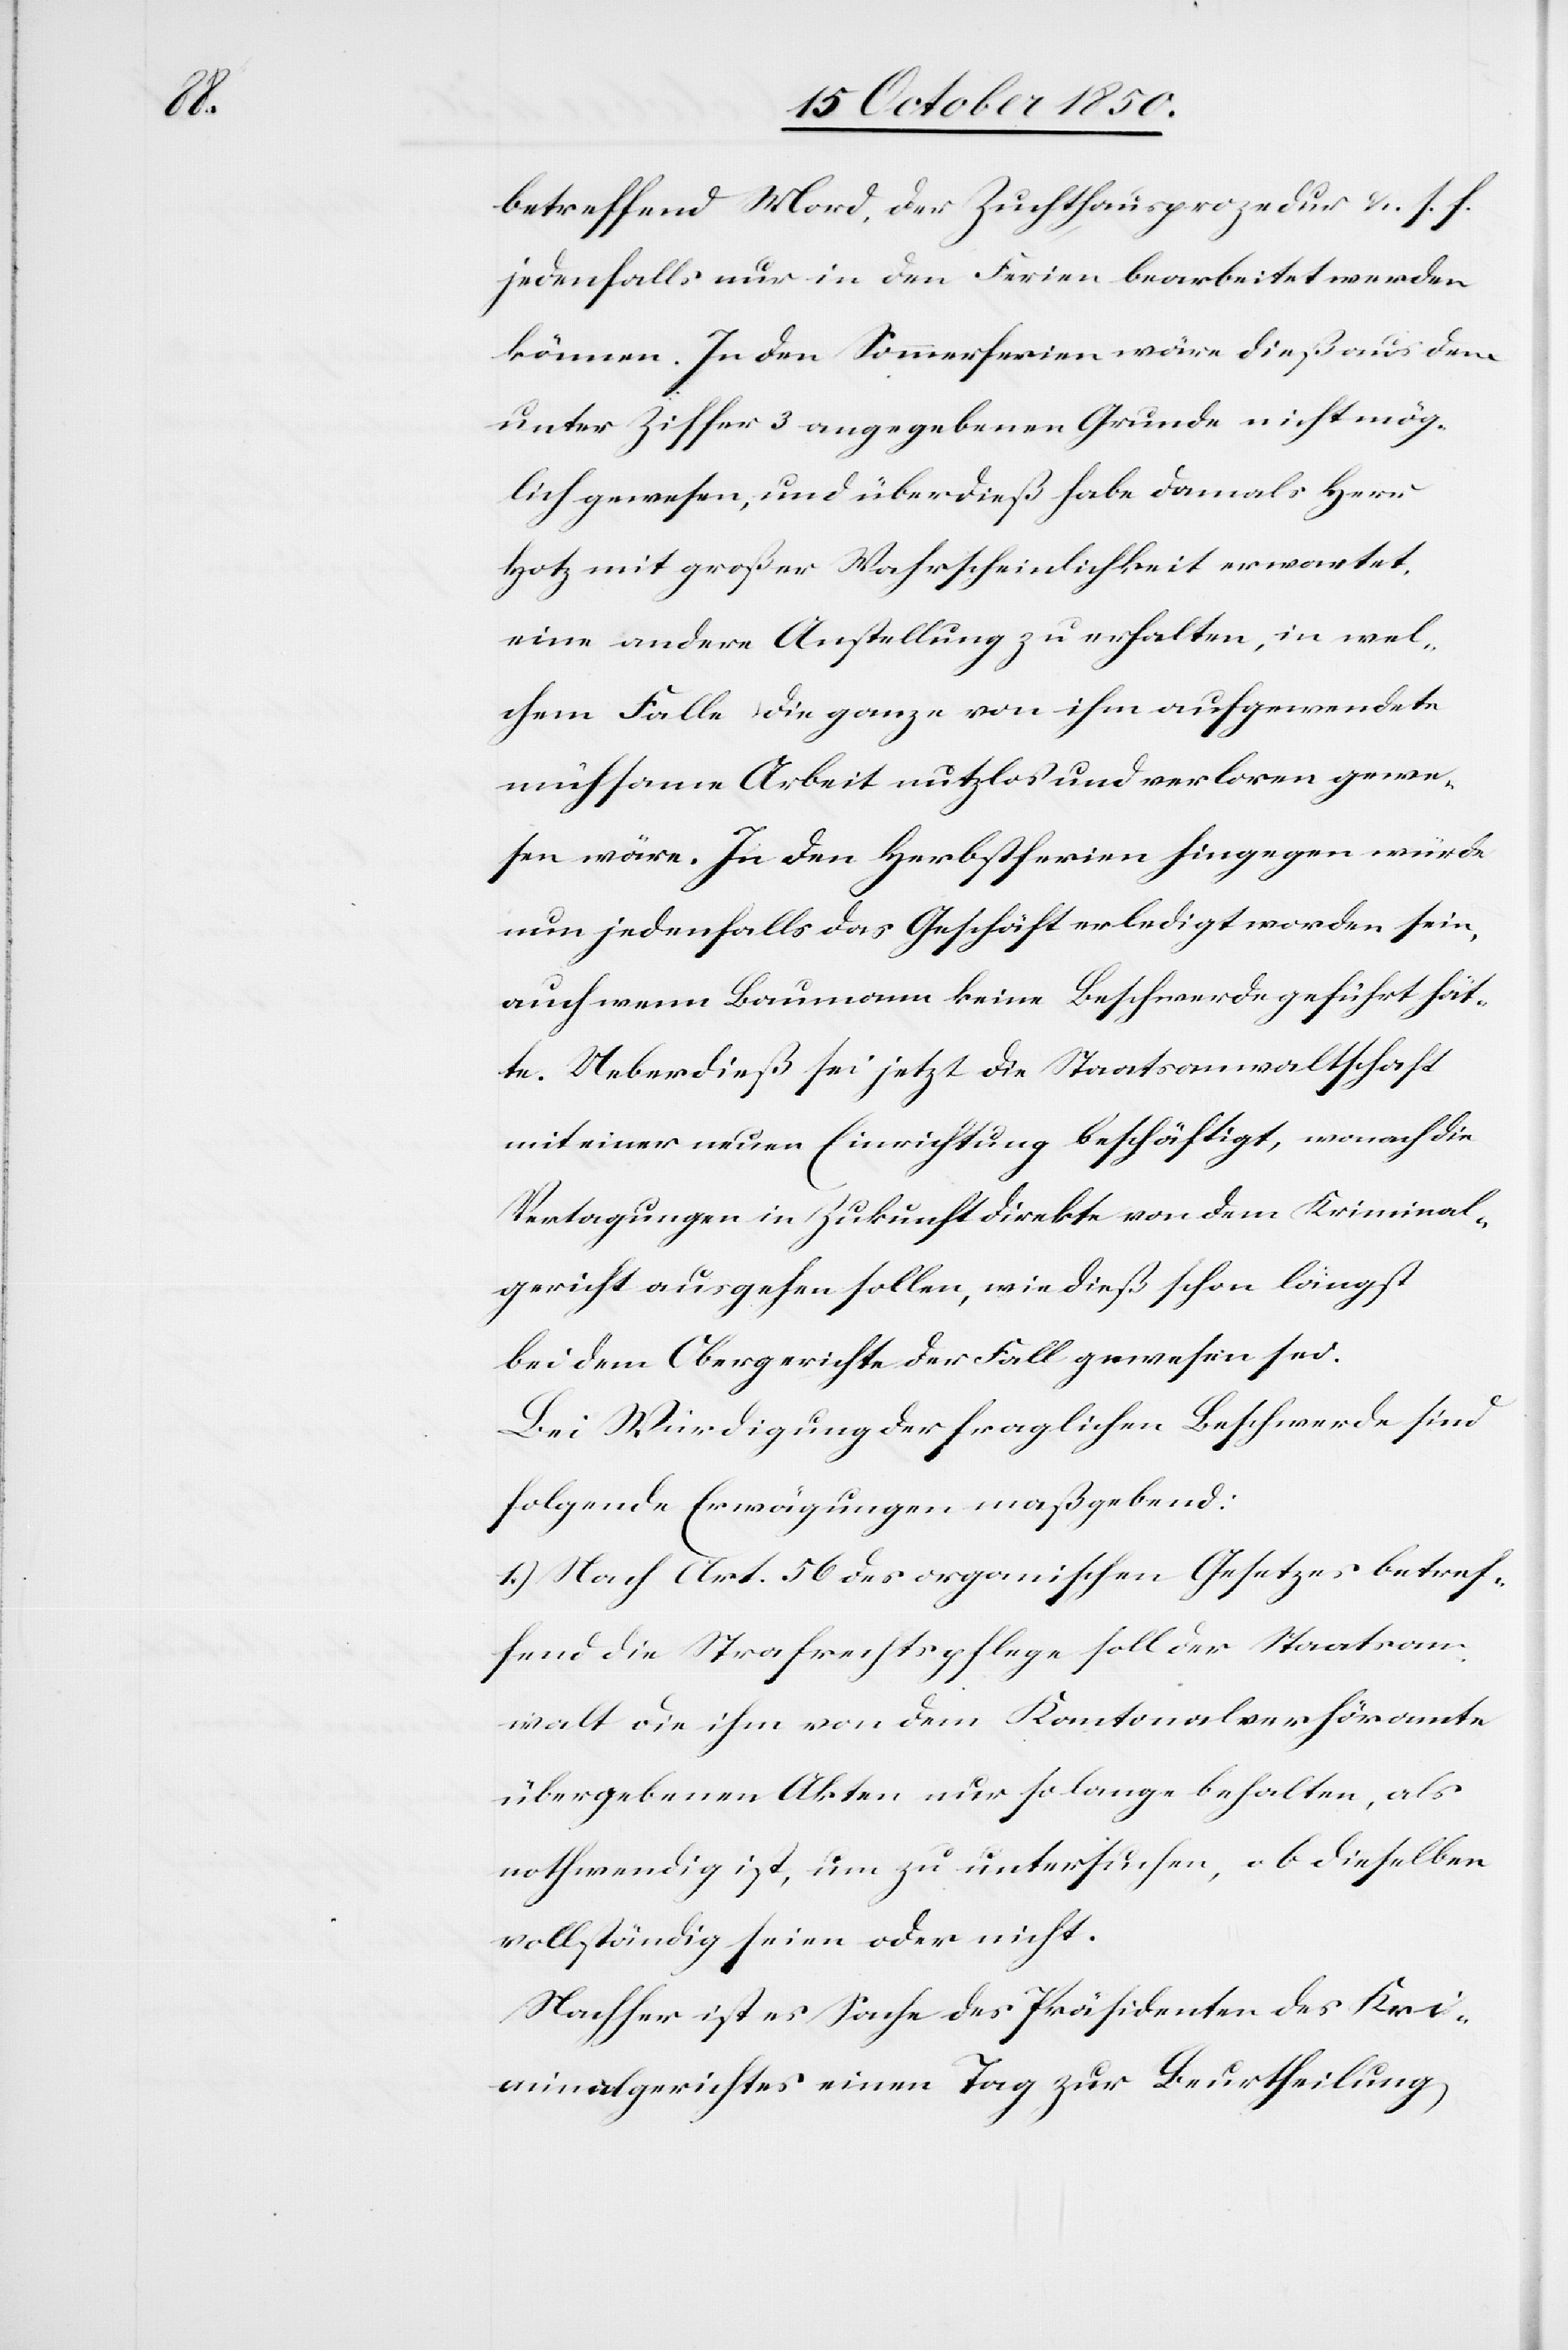
betreffend Mord, der Zuchthausprozedur &. s. f.
jedenfalls nur in den Ferien bearbeitet werden
können. In den Sommerferien wäre dieß aus dem
unter Ziffer 3 angegebenen Grunde nicht mög¬
lich gewesen, und überdieß habe damals Herr
Hotz mit großer Wahrscheinlichkeit erwartet,
eine andere Anstellung zu erhalten, in wel¬
chem Falle die ganze von ihm aufgewendete
mühsame Arbeit nutzlos und verloren gewe¬
sen wäre. In den Herbstferien hingegen würde
nun jedenfalls das Geschäft erledigt worden sein,
auch wenn Baumann keine Beschwerde geführt hät¬
te. Ueberdieß sei jetzt die Staatsanwaltschaft
mit einer neuen Einrichtung beschäftigt, wonach die
Vertagungen in Zukunft direkte von dem Kriminal¬
gericht ausgehen sollen, wie dieß schon längst
bei dem Obergerichte der Fall gewesen sei.
Bei Würdigung der fraglichen Beschwerde sind
folgende Erwägungen maßgebend:
1.) Nach Art. 56 des organischen Gesetzes betref¬
fend die Strafrechtspflege soll der Staatsan¬
walt die ihm von dem Kantonalverhöramte
übergebenen Akten nur solange behalten, als
nothwendig ist, um zu untersuchen, ob dieselben
vollständig seien oder nicht.
Nachher ist es Sache des Präsidenten des Kri¬
minalgerichtes einen Tag zur Beurtheilung